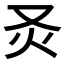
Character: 𤆆